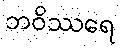
ဘဝိဿရေ